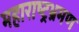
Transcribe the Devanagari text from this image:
महाराष्ट्रभ्रमण